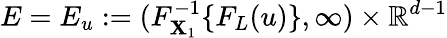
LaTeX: E=E_{u}:=(F_{\mathbf{X}_{1}}^{-1}\{ F_{L}(u)\} ,\infty)\times\mathbb{{R}}^{d-1}